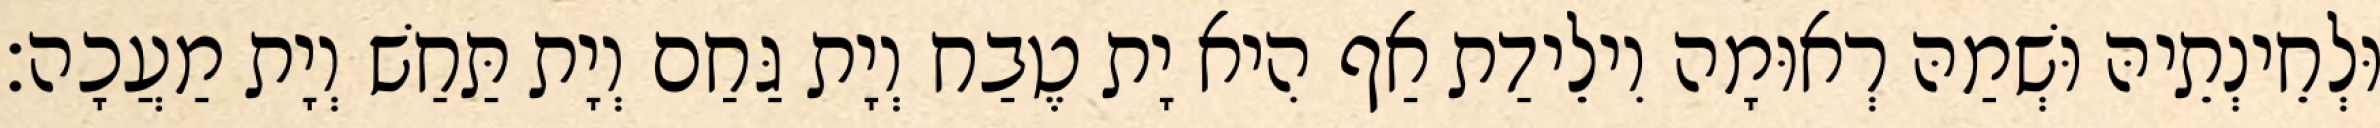
וּלְחֵינְתֵיהּ וּשְׁמַהּ רְאוּמָה וִילֵידַת אַף הִיא יָת טֶבַח וְיָת גַּחַם וְיָת תַּחַשׁ וְיָת מַעֲכָה׃